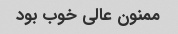
ممنون عالی خوب بود